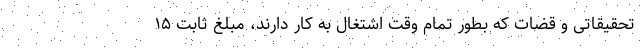
تحقیقاتی و قضات که بطور تمام وقت اشتغال به کار دارند، مبلغ ثابت ۱۵